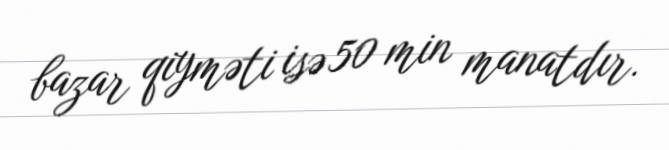
bazar qiyməti isə 50 min manatdır.